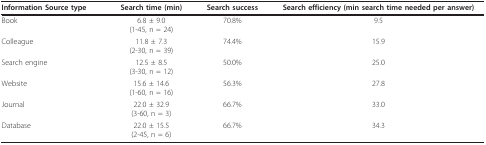
<table><thead><tr><td><b>Information Source type</b></td><td><b>Search time (min)</b></td><td><b>Search success</b></td><td><b>Search efficiency (min search time needed per answer)</b></td></tr></thead><tbody><tr><td>Book</td><td>6.8 ± 9.0(1-45, n = 24)</td><td>70.8%</td><td>9.5</td></tr><tr><td>Colleague</td><td>11.8 ± 7.3(2-30, n = 39)</td><td>74.4%</td><td>15.9</td></tr><tr><td>Search engine</td><td>12.5 ± 8.5(3-30, n = 12)</td><td>50.0%</td><td>25.0</td></tr><tr><td>Website</td><td>15.6 ± 14.6(1-60, n = 16)</td><td>56.3%</td><td>27.8</td></tr><tr><td>Journal</td><td>22.0 ± 32.9(3-60, n = 3)</td><td>66.7%</td><td>33.0</td></tr><tr><td>Database</td><td>22.0 ± 15.5(2-45, n = 6)</td><td>66.7%</td><td>34.3</td></tr></tbody></table>